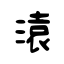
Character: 溒